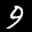
Label: 9